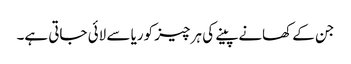
جن کے کھانےپینے کی ہر چیز کوریا سے لائی جاتی ہے۔